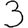
Digit: 3